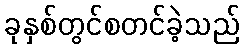
ခုနှစ်တွင်စတင်ခဲ့သည်